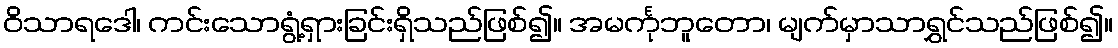
ဝိသာရဒေါ၊ ကင်းသောရွံ့ရှားခြင်းရှိသည်ဖြစ်၍။ အမင်္ကုဘူတော၊ မျက်မှာသာရွှင်သည်ဖြစ်၍။